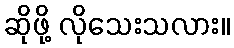
ဆိုဖို့ လိုသေးသလား။